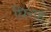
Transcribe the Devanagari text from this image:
घिराह